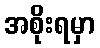
အစိုးရမှာ